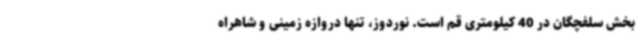
بخش سلفچگان در 40 کیلومتری قم است. نوردوز، تنها دروازه زمینی و شاهراه